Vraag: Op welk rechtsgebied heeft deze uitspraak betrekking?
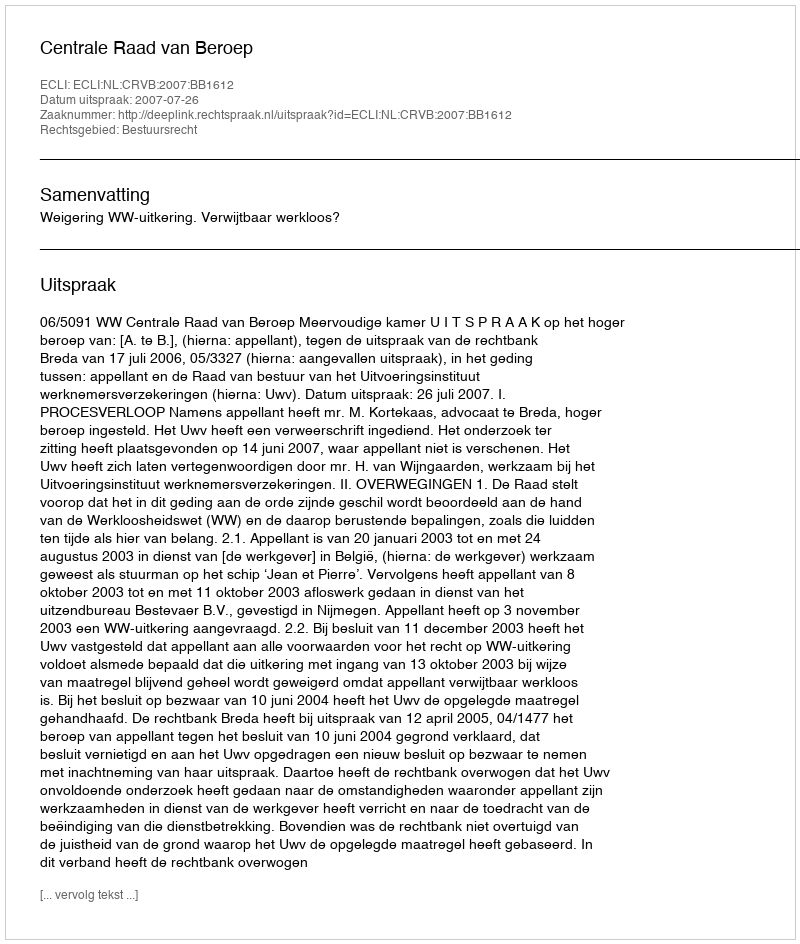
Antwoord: Bestuursrecht